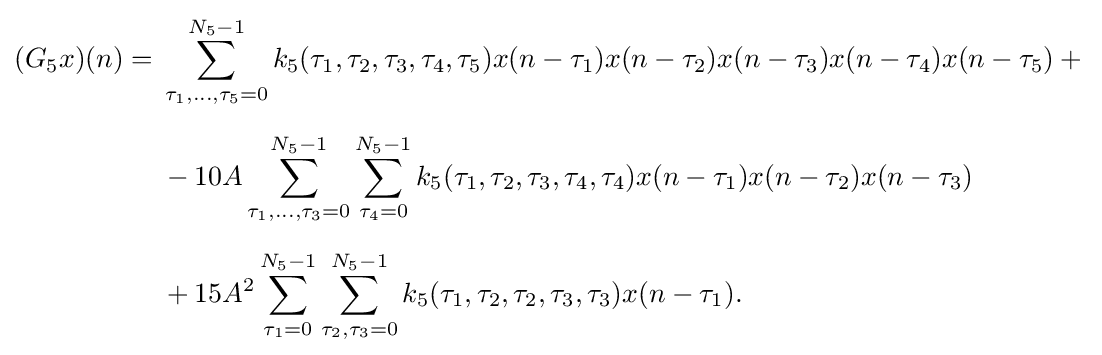
{\begin{aligned}(G_{5}x)(n)={}&\sum _{\tau _{1},\ldots ,\tau _{5}=0}^{N_{5}-1}k_{5}(\tau _{1},\tau _{2},\tau _{3},\tau _{4},\tau _{5})x(n-\tau _{1})x(n-\tau _{2})x(n-\tau _{3})x(n-\tau _{4})x(n-\tau _{5})+{}\\[6pt]&{}-10A\sum _{\tau _{1},\ldots ,\tau _{3}=0}^{N_{5}-1}\sum _{\tau _{4}=0}^{N_{5}-1}k_{5}(\tau _{1},\tau _{2},\tau _{3},\tau _{4},\tau _{4})x(n-\tau _{1})x(n-\tau _{2})x(n-\tau _{3})\\[6pt]&{}+15A^{2}\sum _{\tau _{1}=0}^{N_{5}-1}\sum _{\tau _{2},\tau _{3}=0}^{N_{5}-1}k_{5}(\tau _{1},\tau _{2},\tau _{2},\tau _{3},\tau _{3})x(n-\tau _{1}).\end{aligned}}